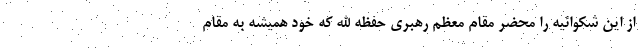
از این شکوائیه را محضر مقام معظم رهبری حفظه الله که خود همیشه به مقام